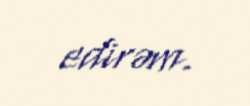
edirəm.